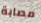
مصابة